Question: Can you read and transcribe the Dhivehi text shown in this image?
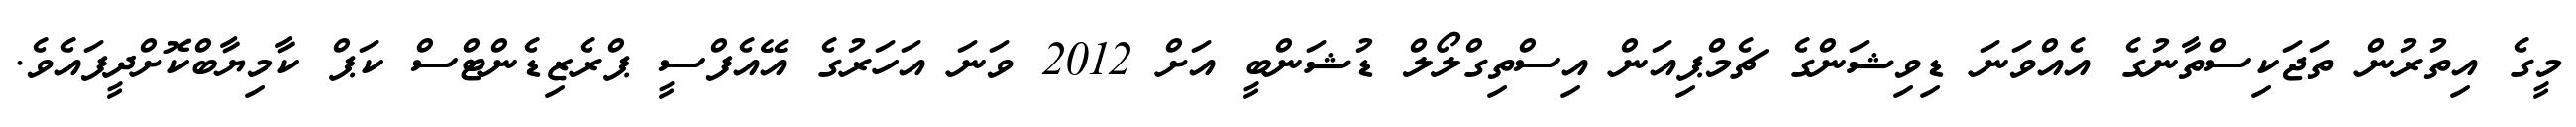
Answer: މީގެ އިތުރުން ތަޖަކިސްތާނުގެ އެއްވަނަ ޑިވިޝަންގެ ޗެމްޕިއަން އިސްތިގްލޯލް ޑުޝަންބީ އަށް 2012 ވަނަ އަހަރުގެ އޭއެފްސީ ޕްރެޒިޑެންޓްސް ކަޕް ކާމިޔާބްކޮށްދީފައެވެ.